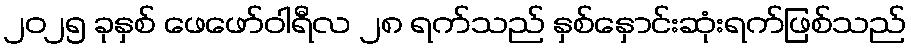
၂၀၂၅ ခုနှစ် ဖေဖော်ဝါရီလ ၂၈ ရက်သည် နှစ်နှောင်းဆုံးရက်ဖြစ်သည်